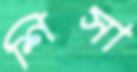
শিসা